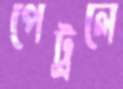
পেট্রলে